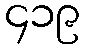
၄၁၉